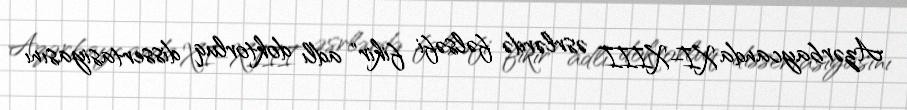
Azərbaycanda XI–XIII əsrlərdə fəlsəfi fikir" adlı doktorluq dissertasiyasını